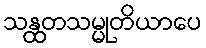
သန္ထတသမ္မုတိယာပေ